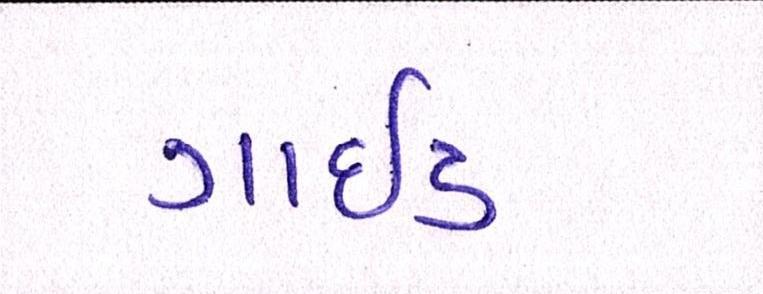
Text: ગાઇડ